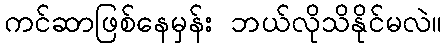
ကင်ဆာဖြစ်နေမှန်း ဘယ်လိုသိနိုင်မလဲ။